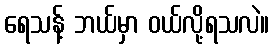
ရေသန့် ဘယ်မှာ ဝယ်လို့ရသလဲ။